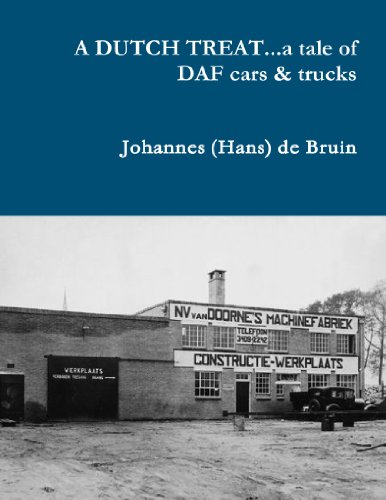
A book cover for A Dutch Treat . . . A Tale Of Daf Cars & Trucks; Johannes (Hans) De Bruin; History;